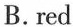
B. red